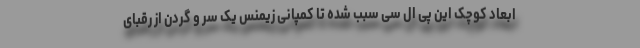
ابعاد کوچک این پی ال سی سبب شده تا کمپانی زیمنس یک سر و گردن از رقبای